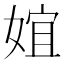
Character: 𡝮